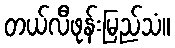
တယ်လီဖုန်းမြည်သံ။